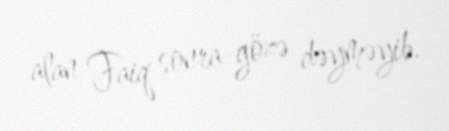
alan Faiq sonra gözə dəyməyib.